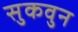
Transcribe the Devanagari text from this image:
सुकवुन